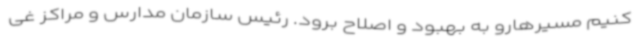
کنیم مسیرهارو به بهبود و اصلاح برود. رئیس سازمان مدارس و مراکز غی